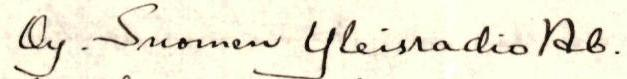
Oy. Suomen Yleisradio Ab.